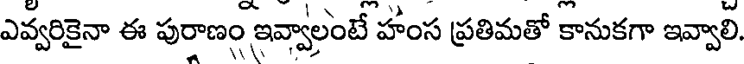
ఎవ్వరికైనా ఈ పురాణం ఇవ్వాలంటే హాంస ప్రతిమతో కానుకగా ఇవ్వాలి.